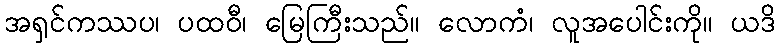
အရှင်ကဿပ၊ ပထဝီ၊ မြေကြီးသည်။ လောကံ၊ လူအပေါင်းကို။ ယဒိ